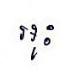
អុះ